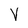
Character: V